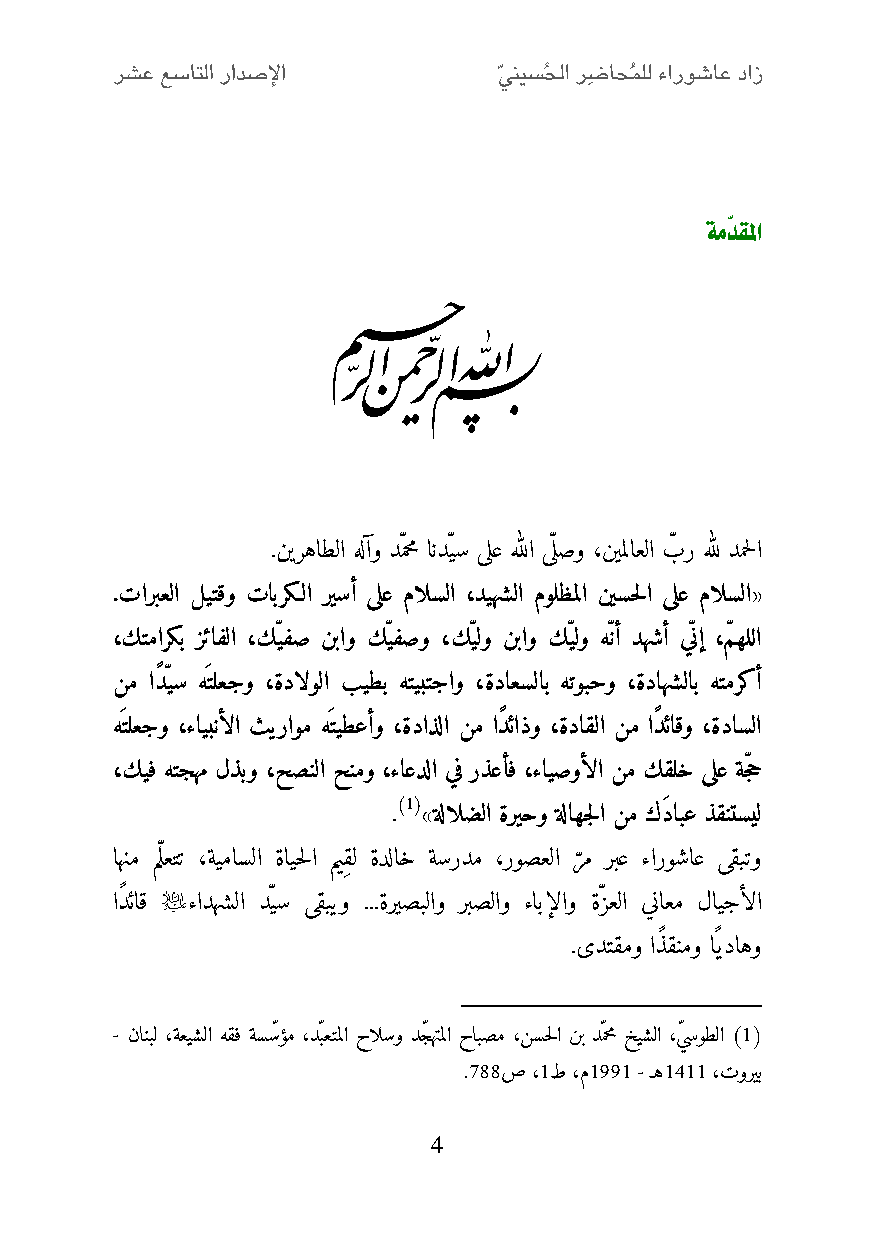
ةمدّقلما
 
 .نيرهاطلا هلآو دّمحم اندّيس ىلع هللا ىّلصو ،نيملاعلا بّ ر هلل دمحلا
 .تاربعلا ليتقو تابرك لا ريسأ ىلع مالسلا ،ديهشلا مولظملا نيسحلا ىلع مالسلا«
 ،كتماركب زئافلا ،ك يفص نباو ك يفصو ،ك يلو نباو ك يلو ه نأ دهشأ ي نإ ،م هللا
 نم اًد يس هَتلعجو ،ةدالولا بيطب هتيبتجاو ،ةداعسلاب هتوبحو ،ةداهشلاب هتمركأ
 هَتلعجو ،ءايبنألا ثيراوم هَتيطعأو ،ةداذلا نم اًدئاذو ،ةداقلا نم اًدئاقو ،ةداسلا
 ،كيف هتجهم لذبو ،حصنلا حنمو ،ءاعدلا يف رذعأف ،ءايصوألا نم كقلخ ىلع ة جح
 )1(
 . »ةلالضلا ةريحو ةلاهجلا نم كَدابع ذقنتسيل
 اهنم مّلعتت ،ةيماسلا ةايحلا ميِقل ةدلاخ ةسردم ،روصعلا رم ربع ءاروشاع ىقبتو
 ّ
 
 اًدئاق ءادهشلا دّيس ىقبيو ...ةريصبلاو ربصلاو ءابإلاو ةّزعلا يناعم لايجألا
 .ىدتقمو اًذقنمو اًيداهو
 - نانبل ،ةعيشلا هقف ةسسّ ؤم ،دّبعتملا حالسو دّجهتملا حابصم ،نسحلا نب دّمحم خيشلا ،يّ سوطلا )1(
 .266ص ،2ط ،م2552 - ـه2422 ،توريب
 4